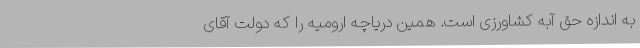
به اندازه حق آبه کشاورزی است. همین دریاچه ارومیه را که دولت آقای